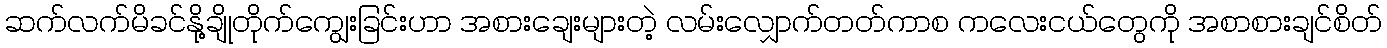
ဆက်လက်မိခင်နို့ချိုတိုက်ကျွေးခြင်းဟာ အစားချေးများတဲ့ လမ်းလျှောက်တတ်ကာစ ကလေးငယ်တွေကို အစာစားချင်စိတ်